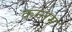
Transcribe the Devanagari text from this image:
कन्नम